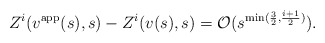
\begin{align*} Z^i(v^\mathrm{app}(s),s)-Z^i(v(s),s) = \mathcal O(s^{\min(\frac 32, \frac{i+1}2)}).\end{align*}